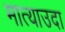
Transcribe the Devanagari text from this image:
मात्याउदा